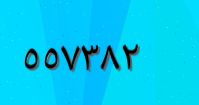
٥٥٧٣٨٢